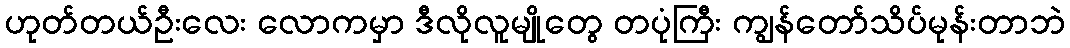
ဟုတ်တယ်ဦးလေး လောကမှာ ဒီလိုလူမျိုတွေ တပုံကြီး ကျွန်တော်သိပ်မုန်းတာဘဲ